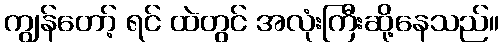
ကျွန်တော့် ရင် ထဲတွင် အလုံးကြီးဆို့နေသည်။